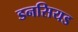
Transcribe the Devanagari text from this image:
डनसियड